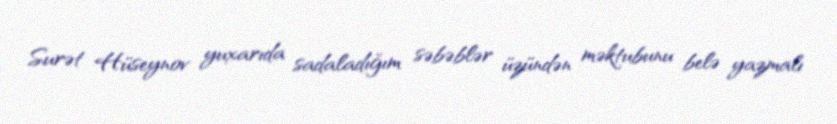
Surət Hüseynov yuxarıda sadaladığım səbəblər üzündən məktubunu belə yazmalı